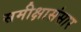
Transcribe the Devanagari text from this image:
समीक्षासंसार